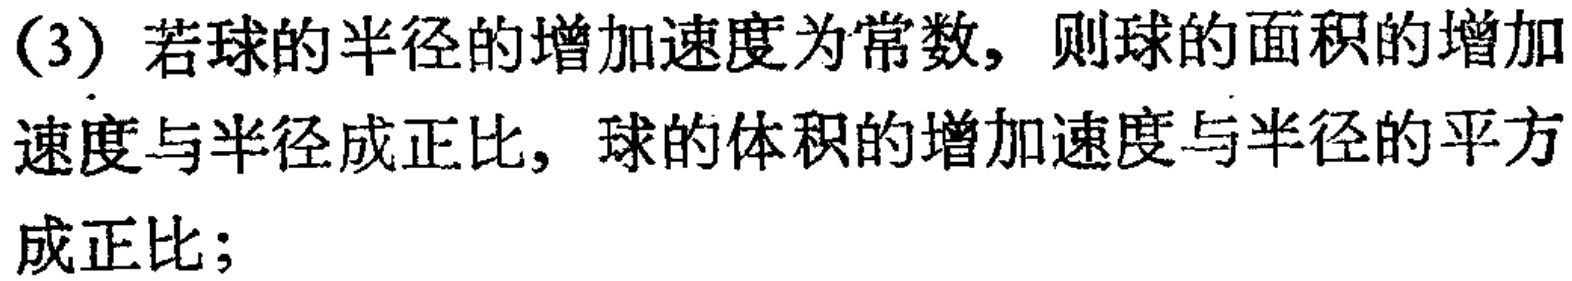
(3) 若球的半径的增加速度为常数，则球的面积的增加速度与半径成正比，球的体积的增加速度与半径的平方成正比；